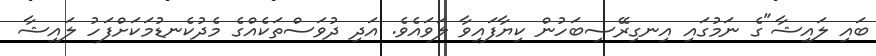
ބައި ލައިޝާ"ގެ ނަމުގައި އިނގިރޭސިބަހުން ކިޔާފައިވާ ލަވައެވެ. އަދި ދުވަސްތަކެއްގެ މެދުކެނޑުމަކަށްފަހު ލައިޝާ